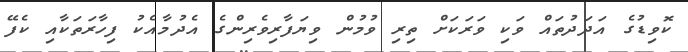
ކޮވިޑުގެ އަދަދުތައް ވަކި ވަރަކަށް ތިރި ވުމުން ވިޔަފާރިވެރިންގެ އެދުމާއެކު ފިހާރަތަކާއި ކެފޭ